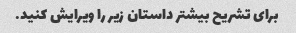
برای تشریح بیشتر داستان زیر را ویرایش کنید.